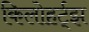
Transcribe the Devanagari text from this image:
किलोहर्ट्‌झ